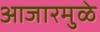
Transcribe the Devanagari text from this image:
आजारमुळे